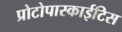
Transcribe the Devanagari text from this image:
प्रोटोपास्काईटिस